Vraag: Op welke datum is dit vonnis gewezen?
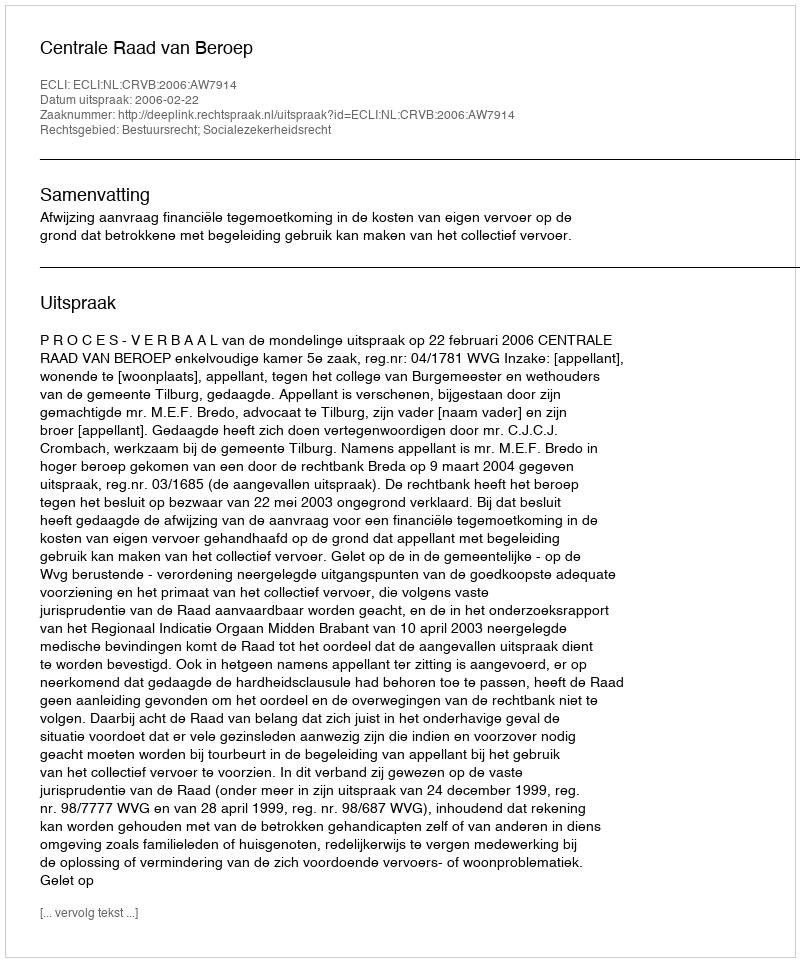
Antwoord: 2006-02-22